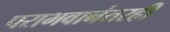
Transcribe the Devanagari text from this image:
पराभवानंतरही